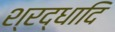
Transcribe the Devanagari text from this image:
श्रद्धादि